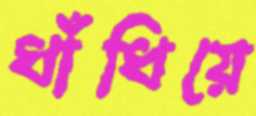
ধাঁধিয়ে